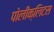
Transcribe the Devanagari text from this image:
पोलीक्लिटस